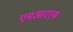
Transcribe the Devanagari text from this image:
एमआरएम